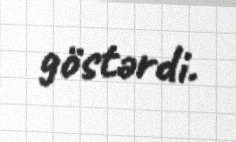
göstərdi.